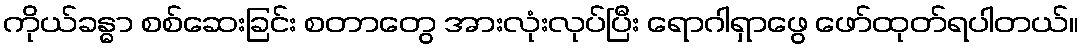
ကိုယ်ခန္ဓာ စစ်ဆေးခြင်း စတာတွေ အားလုံးလုပ်ပြီး ရောဂါရှာဖွေ ဖော်ထုတ်ရပါတယ်။